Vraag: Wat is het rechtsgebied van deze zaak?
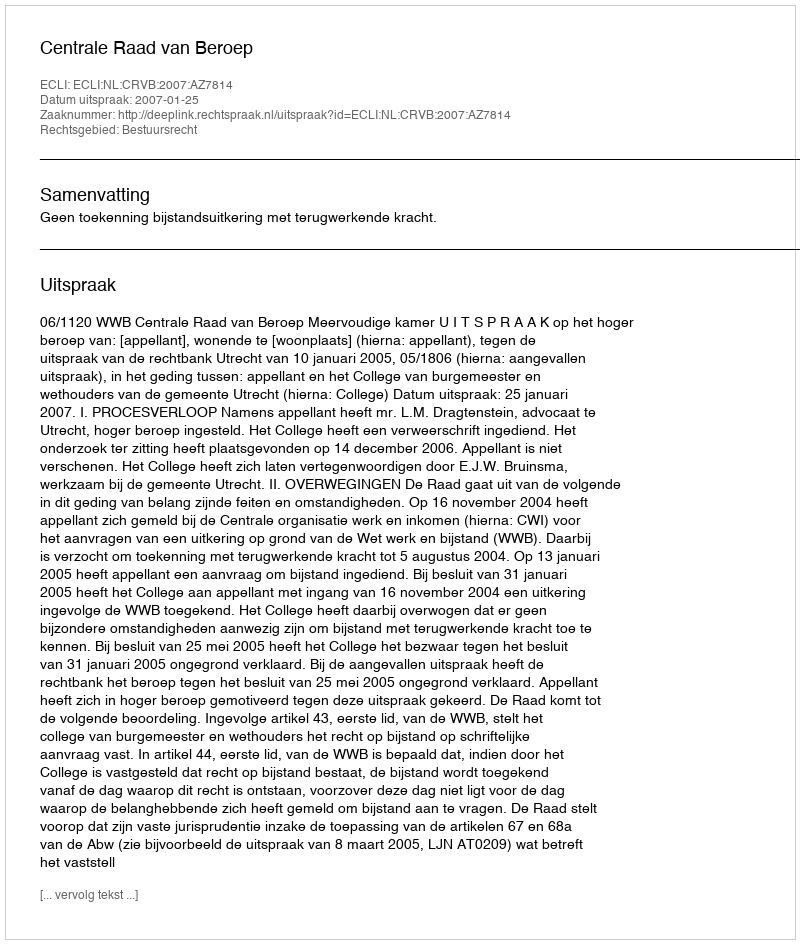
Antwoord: Bestuursrecht